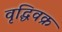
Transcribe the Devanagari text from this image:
वृद्धिवक्र